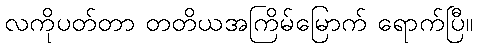
လကိုပတ်တာ တတိယအကြိမ်မြောက် ရောက်ပြီ။